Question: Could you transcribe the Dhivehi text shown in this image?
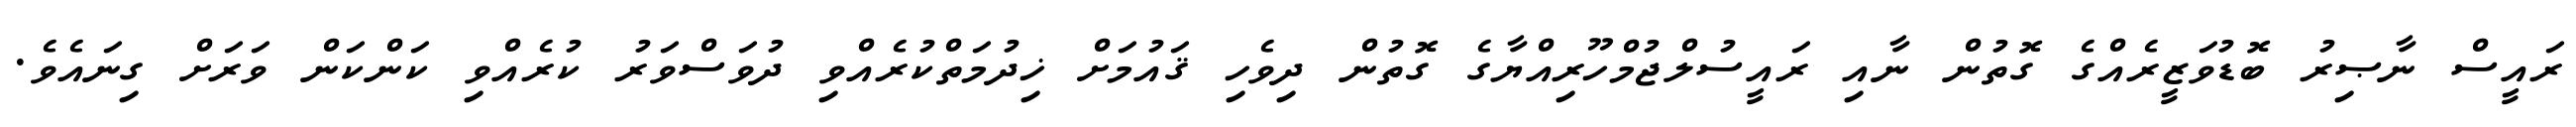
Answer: ރައީސް ނާޞިރު ބޮޑުވަޒީރެއްގެ ގޮތުން ނާއި ރައީސުލްޖުމްހޫރިއްޔާގެ ގޮތުން ދިވެހި ޤައުމަށް ޚިދުމަތްކުރެއްވި ދުވަސްވަރު ކުރެއްވި ކަންކަން ވަރަށް ގިނައެވެ.